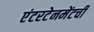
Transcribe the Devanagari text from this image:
एंटरटेनमेंटची